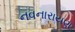
નવનારાયણ